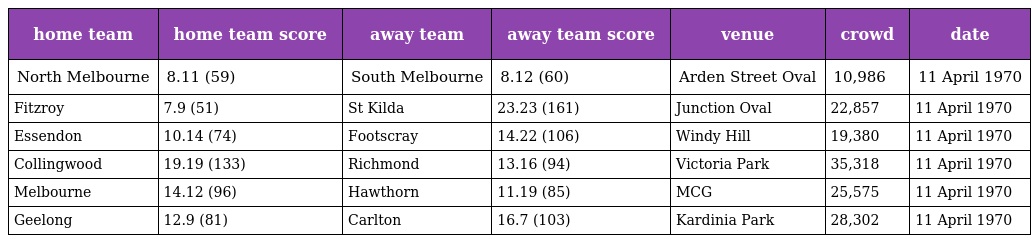
| home team | home team score | away team | away team score | venue | crowd | date |
 | --- | --- | --- | --- | --- | --- | --- |
 | North Melbourne | 8.11 (59) | South Melbourne | 8.12 (60) | Arden Street Oval | 10,986 | 11 April 1970 |
 | Fitzroy | 7.9 (51) | St Kilda | 23.23 (161) | Junction Oval | 22,857 | 11 April 1970 |
 | Essendon | 10.14 (74) | Footscray | 14.22 (106) | Windy Hill | 19,380 | 11 April 1970 |
 | Collingwood | 19.19 (133) | Richmond | 13.16 (94) | Victoria Park | 35,318 | 11 April 1970 |
 | Melbourne | 14.12 (96) | Hawthorn | 11.19 (85) | MCG | 25,575 | 11 April 1970 |
 | Geelong | 12.9 (81) | Carlton | 16.7 (103) | Kardinia Park | 28,302 | 11 April 1970 |